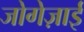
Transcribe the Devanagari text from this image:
जोगेज़ाई